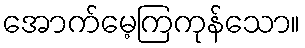
အောက်မေ့ကြကုန်သော။